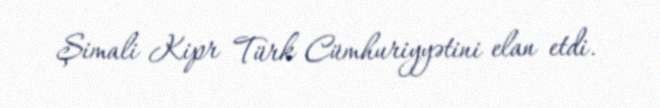
Şimali Kipr Türk Cümhuriyyətini elan etdi.